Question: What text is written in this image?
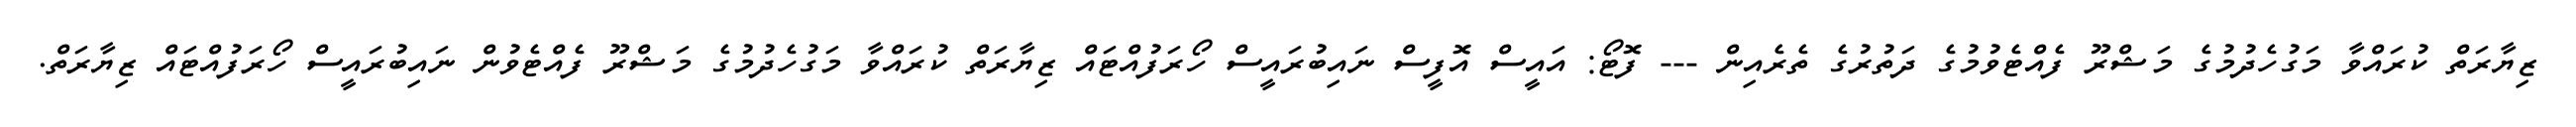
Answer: ޒިޔާރަތް ކުރައްވާ މަގުހެދުމުގެ މަޝްރޫ ފެއްޓެވުމުގެ ދަތުރުގެ ތެރެއިން --- ފޮޓޯ: އައީސް އޮފީސް ނައިބުރައީސް ހޯރަފުއްޓައް ޒިޔާރަތް ކުރައްވާ މަގުހެދުމުގެ މަޝްރޫ ފެއްޓެވުން ނައިބުރައީސް ހޯރަފުއްޓައް ޒިޔާރަތް.